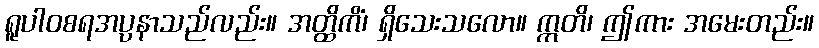
ရူပါဝစရအပ္ပနာသည်လည်း။ အတ္ထိကိံ၊ ရှိသေးသလော။ ဣတိ၊ ဤကား အမေးတည်း။